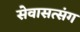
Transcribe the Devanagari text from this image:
सेवासत्संग